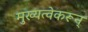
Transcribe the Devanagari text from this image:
मुख्यत्वेकरून्